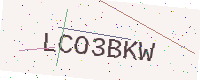
Text: LCO3BKW